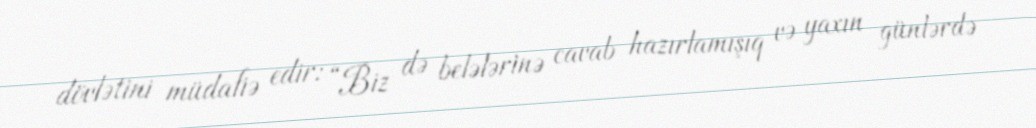
dövlətini müdafiə edir: “Biz də belələrinə cavab hazırlamışıq və yaxın günlərdə